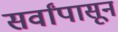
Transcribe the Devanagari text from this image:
सर्वांपासून